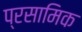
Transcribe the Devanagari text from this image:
प्रसामिक